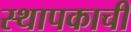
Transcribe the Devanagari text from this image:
स्थापकाची